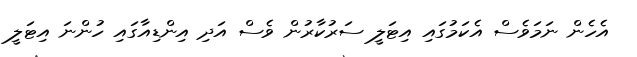
އެހެން ނަމަވެސް އެކަމުގައި އިޓަލީ ސަރުކާރުން ވެސް އަދި އިންޑިއާގައި ހުންނަ އިޓަލީ